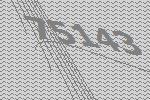
75143